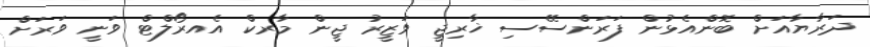
ދަރާޔާއަށް ބޮންއެޅުން ފަރަންސޭސި ޚާރިޖީ ވަޒީރު ޖީން މާރކް އެއރޯލްޓް ވަނީ ވަރަށް